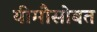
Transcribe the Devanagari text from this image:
यीमौसोबत